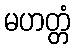
မဟတ္တံ